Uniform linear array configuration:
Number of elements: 48
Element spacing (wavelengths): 0.5
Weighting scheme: hamming
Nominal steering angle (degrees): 60
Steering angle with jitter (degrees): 61.857
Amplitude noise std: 0.05
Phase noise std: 0.05

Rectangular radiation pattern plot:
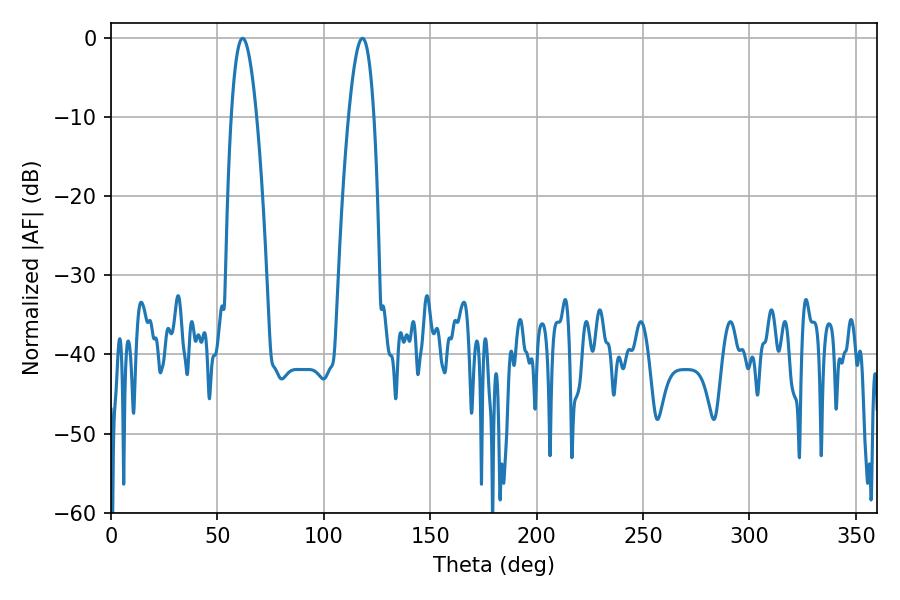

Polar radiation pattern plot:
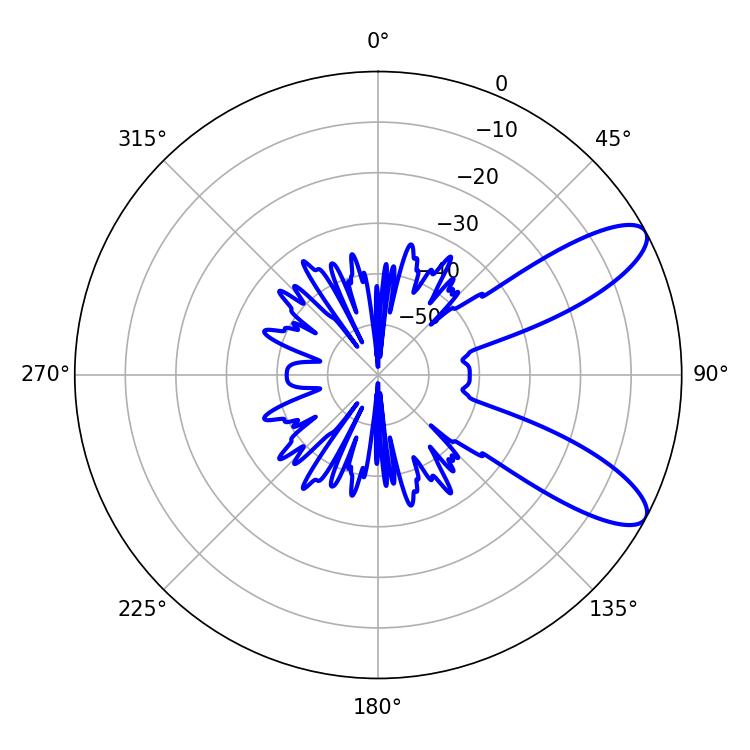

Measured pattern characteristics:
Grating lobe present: FALSE
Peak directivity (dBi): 9.622
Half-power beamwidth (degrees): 6.48
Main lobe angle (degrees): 61.92